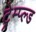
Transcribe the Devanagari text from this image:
ट्रेम्प्ल्ड